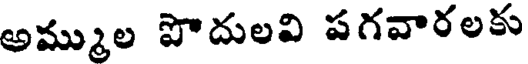
అమ్ముల పొదులవి పగవారలకు